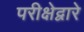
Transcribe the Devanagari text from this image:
परीक्षेद्वारे